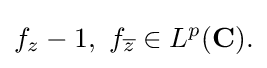
\displaystyle {f_{z}-1,\,\,f_{\overline {z}}\in L^{p}(\mathbf {C} ).}